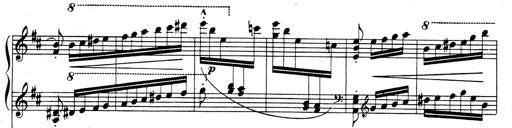
Title: Rhapsodie espagnole
Composer: Franz Liszt